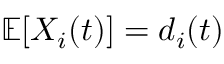
\mathbb { E } [ X _ { i } ( t ) ] = d _ { i } ( t )